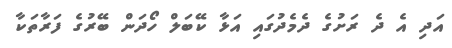
އަދި އެ ދެ ރަށުގެ ދެމެދުގައި އަޅާ ކޭބަލް ހޯދަން ބޭރުގެ ފަރާތަކާ